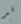
قد